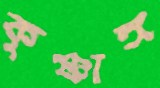
কৃষ্ণাঙ্গ